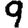
Digit: 9